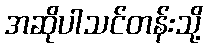
အဆိုပါသင်တန်းသို့